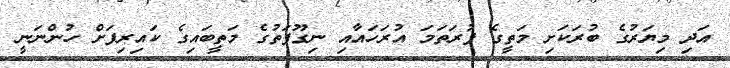
އަދި މިޔަރުގެ ބުރަކަށި މަތީގެ ފުރަތަމަ އުރަހައާއި ނިގޫފަތުގެ މަތީބައިގެ ކައިރިފަށް ހުންނަނީ